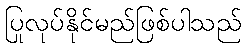
ပြုလုပ်နိုင်မည်ဖြစ်ပါသည်